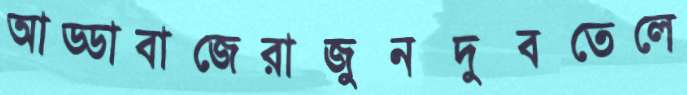
আড্ডাবাজেরাজুনদুবতেলে